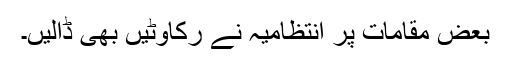
بعض مقامات پر انتظامیہ نے رکاوٹیں بھی ڈالیں۔